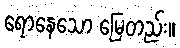
ရောနေသော မြေတည်း။